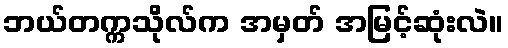
ဘယ်တက္ကသိုလ်က အမှတ် အမြင့်ဆုံးလဲ။